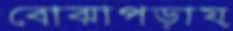
বোঝাপড়ায়